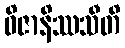
ဝိဇာနိဿသီတိ